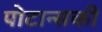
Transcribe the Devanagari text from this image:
पोटान्सकी